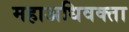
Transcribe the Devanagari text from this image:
महाअधिवक्ता